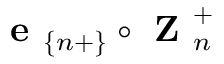
\textbf { e } _ { \{ n + \} } \circ \textbf { Z } _ { n } ^ { + }